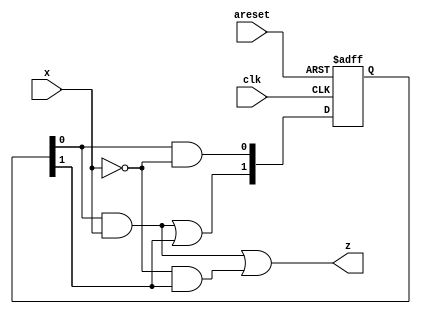
module top_module (
    input clk,
    input areset,
    input x,
    output z
); 

reg [1:0] cur_state;

wire [1:0] nxt_state;

assign nxt_state[0] = (cur_state[0] & ~x);
assign nxt_state[1] = (cur_state[0] & x) | (cur_state[1]);

always @ (posedge clk or posedge areset) begin
    if (areset) cur_state <= 2'b01;
    else cur_state <= nxt_state;
end

assign z = (x & cur_state[0]) | (~x & cur_state[1]);

endmodule